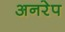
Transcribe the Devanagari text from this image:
अनरेप